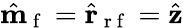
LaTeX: \hat{\mathbf{m}}_{\mathrm{~f~}}=\hat{\mathbf{r}}_{\mathrm{~r~f~}}=\hat{\mathbf{z}}